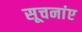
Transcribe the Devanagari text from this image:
सूचनांए